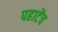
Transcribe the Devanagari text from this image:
पहाटेंच